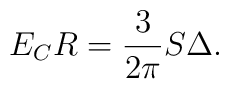
E_CR = \frac{3}{2\pi}S\Delta.